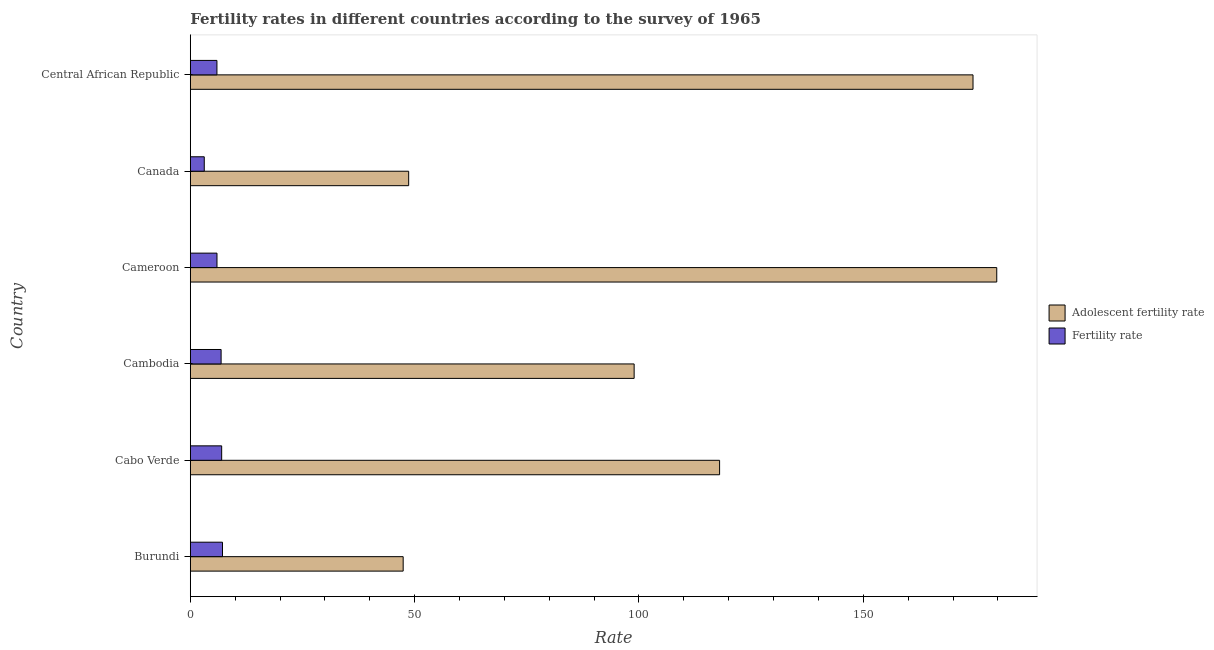
| Country | Adolescent fertility rate | Fertility rate |
 | --- | --- | --- |
 | Burundi | 47.4 | 7.18 |
 | Cabo Verde | 118 | 6.99 |
 | Cambodia | 98.9 | 6.87 |
 | Cameroon | 180 | 5.95 |
 | Canada | 48.7 | 3.12 |
 | Central African Republic | 174 | 5.94 |